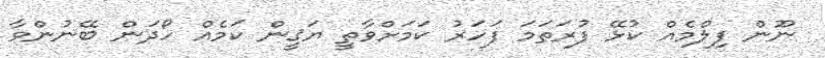
ނޫން ފިލްމެއް ކުޅޭ ފުރަތަމަ ފަހަރު ކަމަށްވާތީ ޔަޤީން ކަމެއް ހޯދަން ބޭނުންވާ